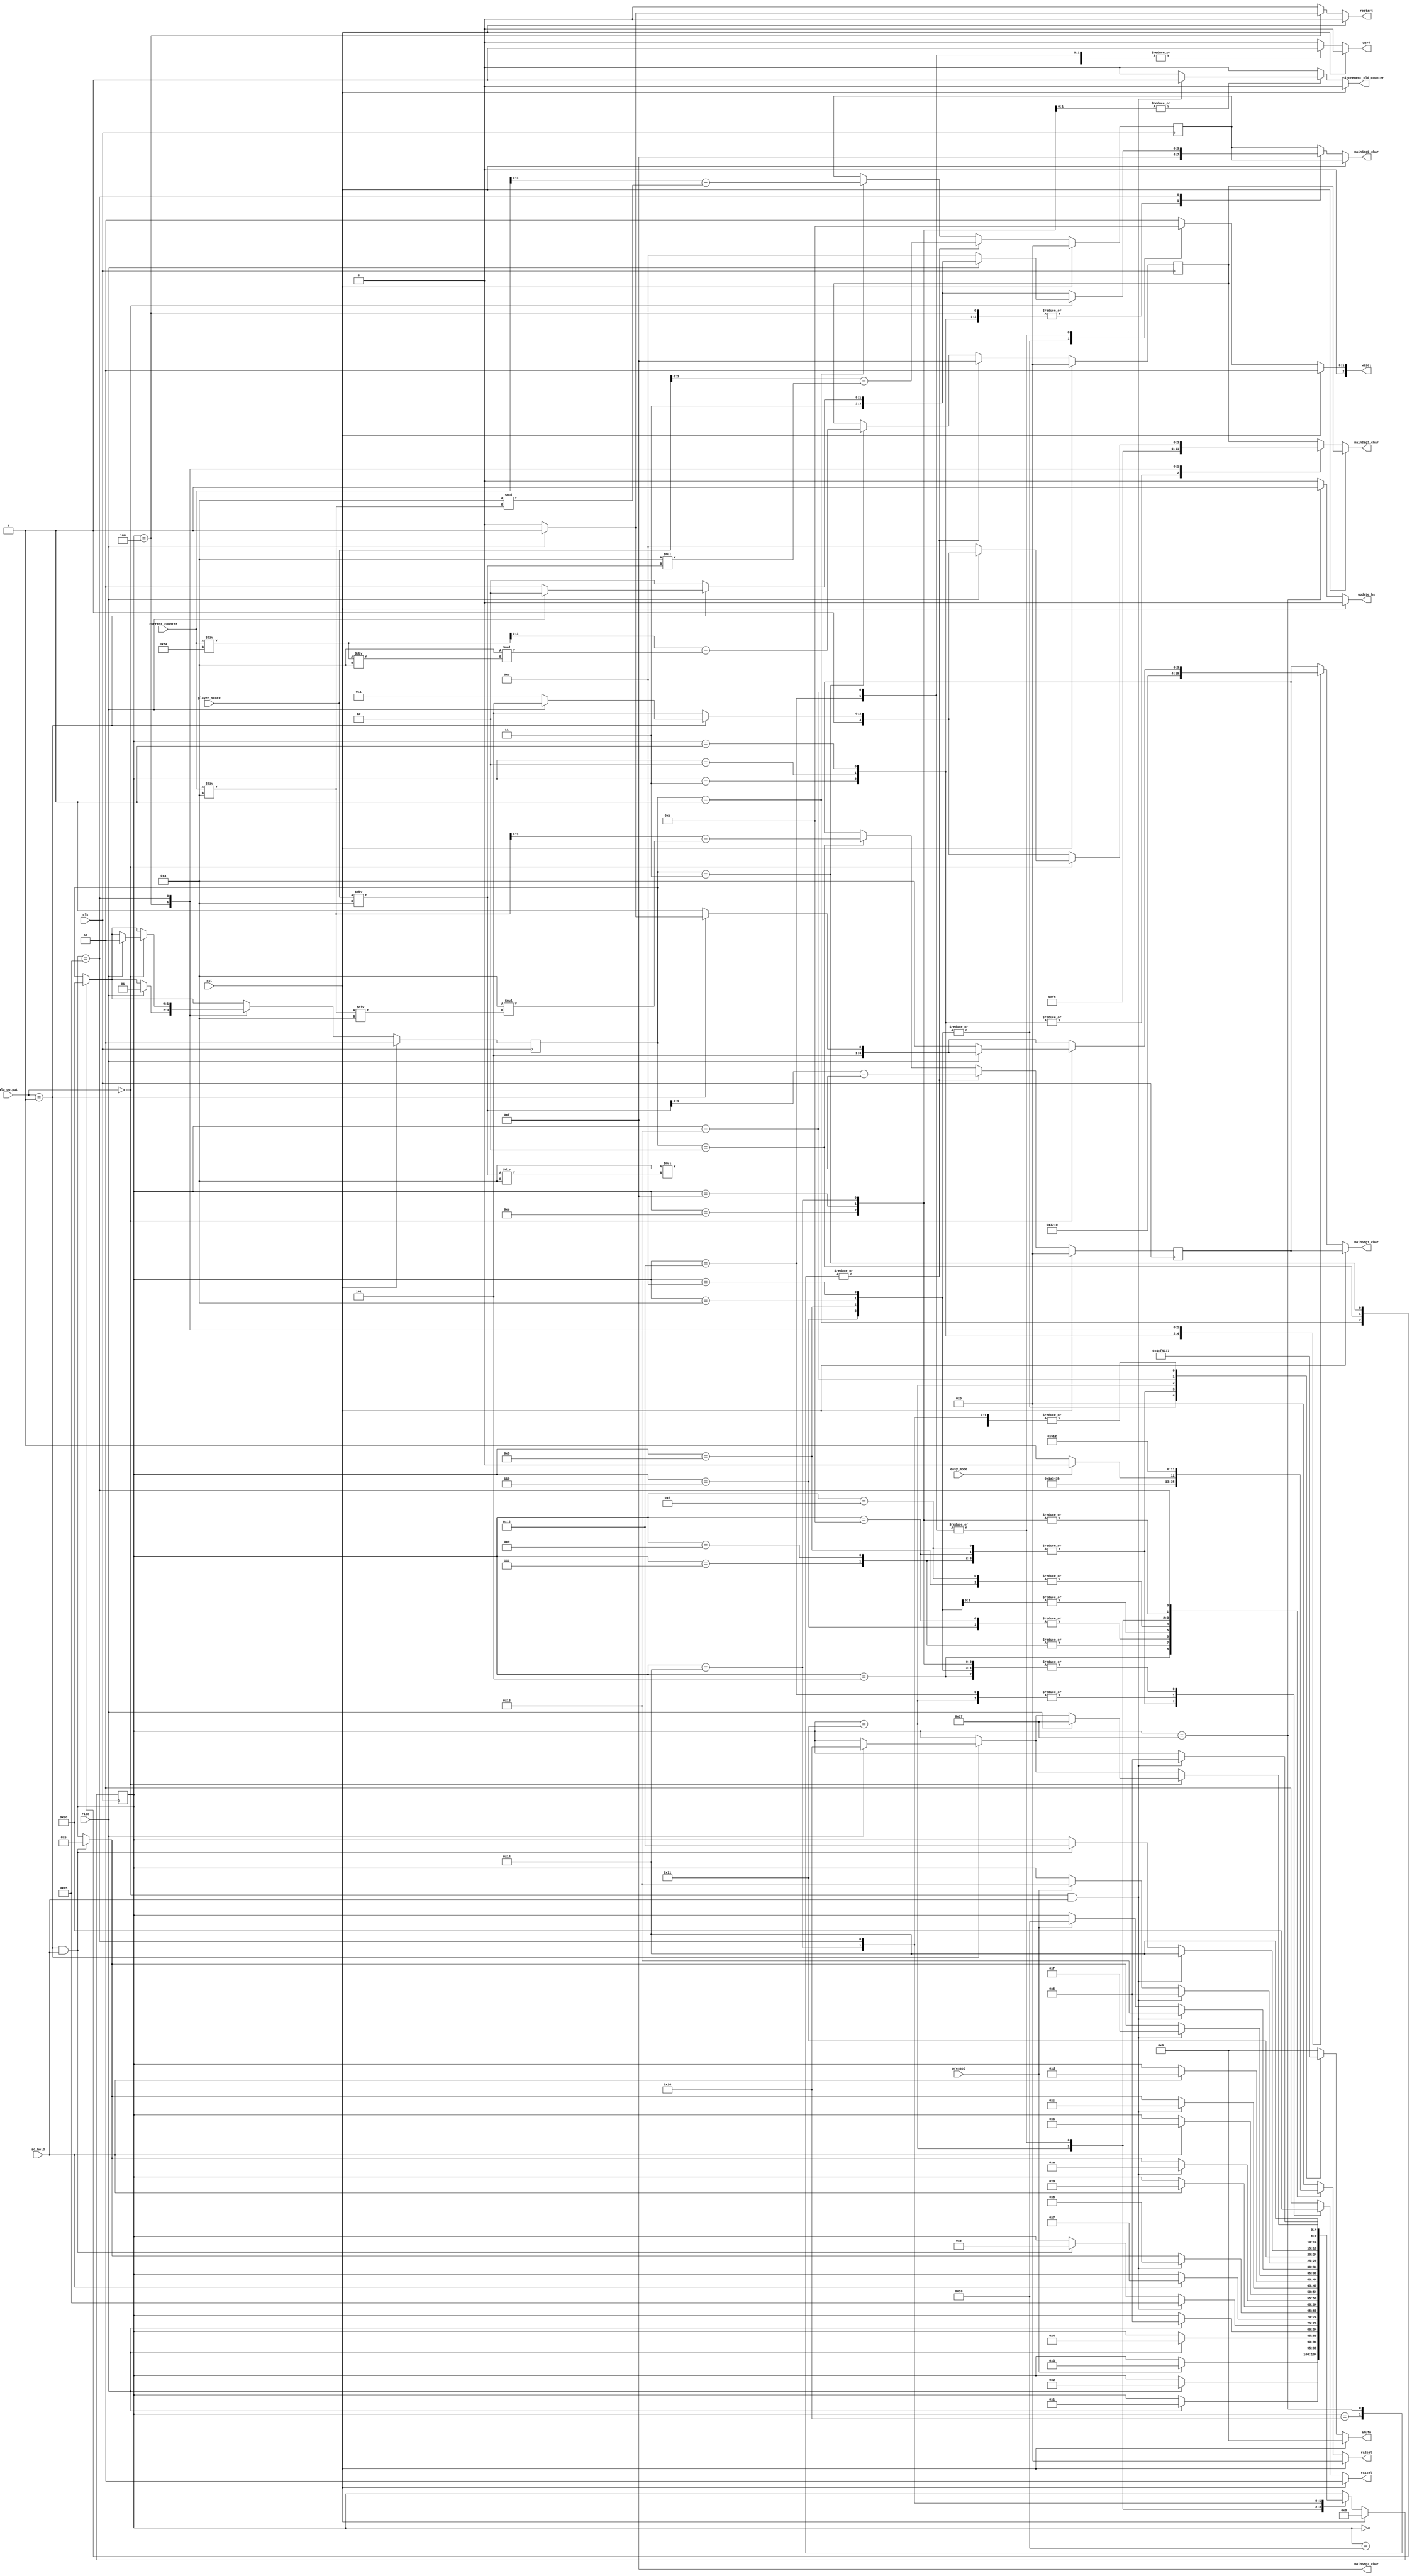
/*
   This file was generated automatically by the Mojo IDE version B1.3.6.
   Do not edit this file directly. Instead edit the original Lucid source.
   This is a temporary file and any changes made to it will be destroyed.
*/

module cu_16 (
    input clk,
    input rst,
    input pressed,
    input rise,
    input sc_hold,
    input [15:0] alu_output,
    input easy_mode,
    input [15:0] current_counter,
    input [15:0] player_score,
    output reg [5:0] alufn,
    output reg [1:0] ra1sel,
    output reg [3:0] ra2sel,
    output reg werf,
    output reg [2:0] wasel,
    output reg restart,
    output reg increment_old_counter,
    output reg update_hs,
    output reg [3:0] mainSeg3_char,
    output reg [3:0] mainSeg2_char,
    output reg [3:0] mainSeg1_char,
    output reg [3:0] mainSeg0_char
  );
  
  
  
  
  localparam IDLE_game_state = 5'd0;
  localparam STARTONE_game_state = 5'd1;
  localparam STARTTWO_game_state = 5'd2;
  localparam STARTTHREE_game_state = 5'd3;
  localparam GO_game_state = 5'd4;
  localparam CHECKEND_game_state = 5'd5;
  localparam MOD5A_game_state = 5'd6;
  localparam MOD5B_game_state = 5'd7;
  localparam MOD7A_game_state = 5'd8;
  localparam MOD7B_game_state = 5'd9;
  localparam MOD10_5A_game_state = 5'd10;
  localparam MOD10_5B_game_state = 5'd11;
  localparam MOD10_7A_game_state = 5'd12;
  localparam MOD10_7B_game_state = 5'd13;
  localparam SHLDPRESS_game_state = 5'd14;
  localparam SHLDNOTPRESS_game_state = 5'd15;
  localparam ADDSCORE_game_state = 5'd16;
  localparam CHECKSTREAK_game_state = 5'd17;
  localparam ADDSTREAK_game_state = 5'd18;
  localparam MINUSSTREAK_game_state = 5'd19;
  localparam WAIT_game_state = 5'd20;
  localparam CHECKHIGHSCORE_game_state = 5'd21;
  localparam NOHIGHSCHORE_game_state = 5'd22;
  localparam UPDATEHS_game_state = 5'd23;
  
  reg [4:0] M_game_state_d, M_game_state_q = IDLE_game_state;
  
  
  localparam IDLE_counter_state = 2'd0;
  localparam ONE_counter_state = 2'd1;
  localparam TEN_counter_state = 2'd2;
  localparam HUNDRED_counter_state = 2'd3;
  
  reg [1:0] M_counter_state_d, M_counter_state_q = IDLE_counter_state;
  
  reg [15:0] quotient;
  
  reg [15:0] quotientPS10;
  
  reg [15:0] temp1;
  
  reg [15:0] tempPS10;
  
  reg [3:0] M_oneMain_d, M_oneMain_q = 1'h0;
  reg [3:0] M_tenMain_d, M_tenMain_q = 1'h0;
  reg [3:0] M_hundredMain_d, M_hundredMain_q = 1'h0;
  
  always @* begin
    M_game_state_d = M_game_state_q;
    M_counter_state_d = M_counter_state_q;
    M_oneMain_d = M_oneMain_q;
    M_hundredMain_d = M_hundredMain_q;
    M_tenMain_d = M_tenMain_q;
    
    alufn = 1'h0;
    ra1sel = 1'h0;
    ra2sel = 1'h0;
    werf = 1'h0;
    wasel = 1'h0;
    restart = 1'h0;
    increment_old_counter = 1'h0;
    update_hs = 1'h0;
    mainSeg3_char = 4'hf;
    mainSeg2_char = 4'hf;
    mainSeg1_char = 4'hf;
    mainSeg0_char = 4'hf;
    mainSeg0_char = M_oneMain_q;
    mainSeg1_char = M_tenMain_q;
    mainSeg2_char = M_hundredMain_q;
    mainSeg3_char = 4'hf;
    if (rst) begin
      M_game_state_d = IDLE_game_state;
      M_counter_state_d = IDLE_counter_state;
    end else begin
      
      case (M_counter_state_q)
        ONE_counter_state: begin
          quotient = current_counter / 4'ha;
          M_oneMain_d = current_counter - (4'ha * quotient);
          M_counter_state_d = TEN_counter_state;
        end
        TEN_counter_state: begin
          temp1 = current_counter / 4'ha;
          quotient = temp1 / 4'ha;
          M_tenMain_d = temp1 - (4'ha * quotient);
          M_counter_state_d = HUNDRED_counter_state;
        end
        HUNDRED_counter_state: begin
          temp1 = current_counter / 7'h64;
          quotient = temp1 / 4'ha;
          M_hundredMain_d = temp1 - (4'ha * quotient);
          M_counter_state_d = ONE_counter_state;
        end
      endcase
      
      case (M_game_state_q)
        IDLE_game_state: begin
          if (pressed) begin
            M_game_state_d = STARTTHREE_game_state;
            update_hs = 1'h0;
          end
        end
        STARTTHREE_game_state: begin
          mainSeg3_char = 4'hf;
          mainSeg2_char = 4'hf;
          mainSeg1_char = 2'h3;
          mainSeg0_char = 4'hf;
          if (rise) begin
            M_game_state_d = STARTTWO_game_state;
          end
        end
        STARTTWO_game_state: begin
          mainSeg3_char = 4'hf;
          mainSeg2_char = 4'hf;
          mainSeg1_char = 2'h2;
          mainSeg0_char = 4'hf;
          if (rise) begin
            M_game_state_d = STARTONE_game_state;
          end
        end
        STARTONE_game_state: begin
          mainSeg3_char = 4'hf;
          mainSeg2_char = 4'hf;
          mainSeg1_char = 1'h1;
          mainSeg0_char = 4'hf;
          if (rise) begin
            M_game_state_d = GO_game_state;
          end
        end
        GO_game_state: begin
          mainSeg3_char = 4'hf;
          mainSeg2_char = 4'h6;
          mainSeg1_char = 4'h0;
          mainSeg0_char = 4'hf;
          if (rise) begin
            M_game_state_d = CHECKEND_game_state;
            restart = 1'h1;
            increment_old_counter = 1'h0;
            M_counter_state_d = ONE_counter_state;
          end
        end
        CHECKEND_game_state: begin
          restart = 1'h0;
          alufn = 6'h37;
          ra1sel = 2'h1;
          ra2sel = 4'h3;
          werf = 1'h0;
          if (alu_output == 16'h0000 && sc_hold) begin
            M_game_state_d = CHECKHIGHSCORE_game_state;
          end else begin
            if (alu_output == 16'h0001 && sc_hold) begin
              M_game_state_d = MOD5A_game_state;
            end
          end
        end
        MOD5A_game_state: begin
          alufn = 6'h04;
          ra1sel = 2'h1;
          ra2sel = 4'h6;
          werf = 1'h1;
          wasel = 4'h2;
          if (sc_hold) begin
            M_game_state_d = MOD5B_game_state;
          end
        end
        MOD5B_game_state: begin
          alufn = 6'h33;
          ra1sel = 2'h2;
          ra2sel = 4'h4;
          werf = 1'h0;
          if (alu_output == 16'h0000 && sc_hold) begin
            M_game_state_d = MOD7A_game_state;
          end else begin
            if (alu_output == 16'h0001 && sc_hold) begin
              M_game_state_d = SHLDPRESS_game_state;
            end
          end
        end
        MOD7A_game_state: begin
          alufn = 6'h04;
          ra1sel = 2'h1;
          ra2sel = 4'h7;
          werf = 1'h1;
          wasel = 4'h2;
          if (sc_hold) begin
            M_game_state_d = MOD7B_game_state;
          end
        end
        MOD7B_game_state: begin
          alufn = 6'h33;
          ra1sel = 2'h2;
          ra2sel = 4'h4;
          werf = 1'h0;
          if (alu_output == 16'h0000 && sc_hold) begin
            M_game_state_d = MOD10_5A_game_state;
          end else begin
            if (alu_output == 16'h0001 && sc_hold) begin
              M_game_state_d = SHLDPRESS_game_state;
            end
          end
        end
        MOD10_5A_game_state: begin
          alufn = 6'h04;
          ra1sel = 2'h1;
          ra2sel = 4'h8;
          werf = 1'h1;
          wasel = 4'h2;
          if (sc_hold) begin
            M_game_state_d = MOD10_5B_game_state;
          end
        end
        MOD10_5B_game_state: begin
          alufn = 6'h33;
          ra1sel = 2'h2;
          ra2sel = 4'h6;
          werf = 1'h0;
          if (alu_output == 16'h0000 && sc_hold) begin
            M_game_state_d = MOD10_7A_game_state;
          end else begin
            if (alu_output == 16'h0001 && sc_hold) begin
              M_game_state_d = SHLDPRESS_game_state;
            end
          end
        end
        MOD10_7A_game_state: begin
          alufn = 6'h04;
          ra1sel = 2'h1;
          ra2sel = 4'h8;
          werf = 1'h1;
          wasel = 4'h2;
          if (sc_hold) begin
            M_game_state_d = MOD10_7B_game_state;
          end
        end
        MOD10_7B_game_state: begin
          alufn = 6'h33;
          ra1sel = 2'h2;
          ra2sel = 4'h7;
          werf = 1'h0;
          if (alu_output == 16'h0000 && sc_hold) begin
            M_game_state_d = SHLDNOTPRESS_game_state;
          end else begin
            if (alu_output == 16'h0001 && sc_hold) begin
              M_game_state_d = SHLDPRESS_game_state;
            end
          end
        end
        SHLDPRESS_game_state: begin
          if (pressed) begin
            M_game_state_d = ADDSCORE_game_state;
          end
          alufn = 6'h37;
          ra1sel = 2'h1;
          ra2sel = 4'h1;
          werf = 1'h0;
          if (alu_output == 16'h0000 && sc_hold) begin
            M_game_state_d = MINUSSTREAK_game_state;
          end
        end
        SHLDNOTPRESS_game_state: begin
          if (pressed) begin
            M_game_state_d = MINUSSTREAK_game_state;
          end
          alufn = 6'h37;
          ra1sel = 2'h1;
          ra2sel = 4'h1;
          werf = 1'h0;
          if (alu_output == 16'h0000 && sc_hold) begin
            increment_old_counter = 1'h1;
            M_game_state_d = CHECKEND_game_state;
          end
        end
        ADDSCORE_game_state: begin
          alufn = 6'h00;
          ra1sel = 2'h0;
          ra2sel = 4'h0;
          werf = 1'h1;
          wasel = 4'h0;
          M_game_state_d = CHECKSTREAK_game_state;
        end
        CHECKSTREAK_game_state: begin
          alufn = 6'h35;
          ra1sel = 2'h3;
          if (easy_mode) begin
            ra2sel = 4'h6;
          end else begin
            ra2sel = 4'h7;
          end
          werf = 1'h0;
          if (alu_output == 16'h0000 && sc_hold) begin
            M_game_state_d = WAIT_game_state;
          end else begin
            if (alu_output == 16'h0001 && sc_hold) begin
              M_game_state_d = ADDSTREAK_game_state;
            end
          end
        end
        ADDSTREAK_game_state: begin
          alufn = 6'h00;
          ra1sel = 2'h3;
          ra2sel = 4'h5;
          werf = 1'h1;
          wasel = 4'h3;
          M_game_state_d = WAIT_game_state;
        end
        MINUSSTREAK_game_state: begin
          alufn = 6'h1c;
          ra2sel = 4'h5;
          werf = 1'h1;
          wasel = 4'h3;
          M_game_state_d = WAIT_game_state;
        end
        WAIT_game_state: begin
          alufn = 6'h37;
          ra1sel = 2'h1;
          ra2sel = 4'h1;
          werf = 1'h0;
          if (alu_output == 16'h0000 && sc_hold) begin
            increment_old_counter = 1'h1;
            M_game_state_d = CHECKEND_game_state;
          end
        end
        CHECKHIGHSCORE_game_state: begin
          mainSeg2_char = 4'hd;
          mainSeg1_char = 4'hb;
          mainSeg0_char = 4'he;
          alufn = 6'h37;
          ra1sel = 2'h0;
          ra2sel = 4'h2;
          werf = 1'h0;
          if (alu_output == 16'h0001) begin
            if (rise) begin
              M_game_state_d = NOHIGHSCHORE_game_state;
            end else begin
              mainSeg2_char = 4'hb;
              mainSeg1_char = 4'ha;
              mainSeg0_char = 4'hc;
            end
          end
          if (alu_output == 16'h0000) begin
            if (rise) begin
              M_counter_state_d = IDLE_counter_state;
              M_game_state_d = UPDATEHS_game_state;
            end else begin
              mainSeg2_char = 4'hc;
              mainSeg1_char = 4'ha;
              mainSeg0_char = 4'hc;
            end
          end
        end
        NOHIGHSCHORE_game_state: begin
          quotient = player_score / 4'ha;
          M_oneMain_d = player_score - (4'ha * quotient);
          tempPS10 = player_score / 4'ha;
          quotientPS10 = tempPS10 / 4'ha;
          M_tenMain_d = tempPS10 - (4'ha * quotientPS10);
          M_hundredMain_d = 4'hf;
        end
        UPDATEHS_game_state: begin
          update_hs = 1'h1;
          quotient = player_score / 4'ha;
          M_oneMain_d = player_score - (4'ha * quotient);
          tempPS10 = player_score / 4'ha;
          quotientPS10 = tempPS10 / 4'ha;
          M_tenMain_d = tempPS10 - (4'ha * quotientPS10);
          M_hundredMain_d = 4'hf;
        end
      endcase
    end
  end
  
  always @(posedge clk) begin
    M_counter_state_q <= M_counter_state_d;
  end
  
  
  always @(posedge clk) begin
    M_game_state_q <= M_game_state_d;
  end
  
  
  always @(posedge clk) begin
    if (rst == 1'b1) begin
      M_oneMain_q <= 1'h0;
      M_tenMain_q <= 1'h0;
      M_hundredMain_q <= 1'h0;
    end else begin
      M_oneMain_q <= M_oneMain_d;
      M_tenMain_q <= M_tenMain_d;
      M_hundredMain_q <= M_hundredMain_d;
    end
  end
  
endmodule